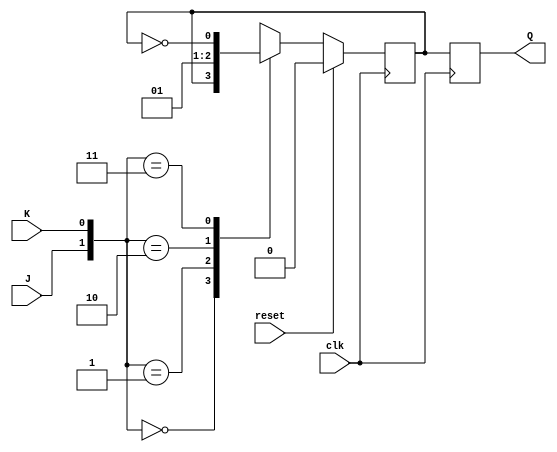
module JK_FF_MasterSlave (
  input J, input K, input clk, input reset,
  output reg Q
);

  reg Q_int; // internal storage for Q value

  always @(posedge clk) begin
    if (reset) begin
      Q_int <= 1'b0; // initial state on reset
    end else begin
      case ({J, K})
        2'b00: Q_int <= Q_int;
        2'b01: Q_int <= 1'b0;
        2'b10: Q_int <= 1'b1;
        2'b11: Q_int <= ~Q_int;
      endcase
    end
  end

  always @(posedge clk) begin
    Q <= Q_int;
  end

endmodule